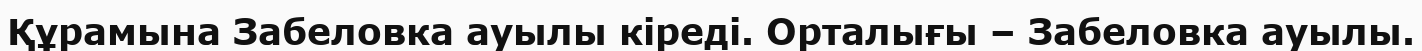
Құрамына Забеловка ауылы кіреді. Орталығы – Забеловка ауылы.